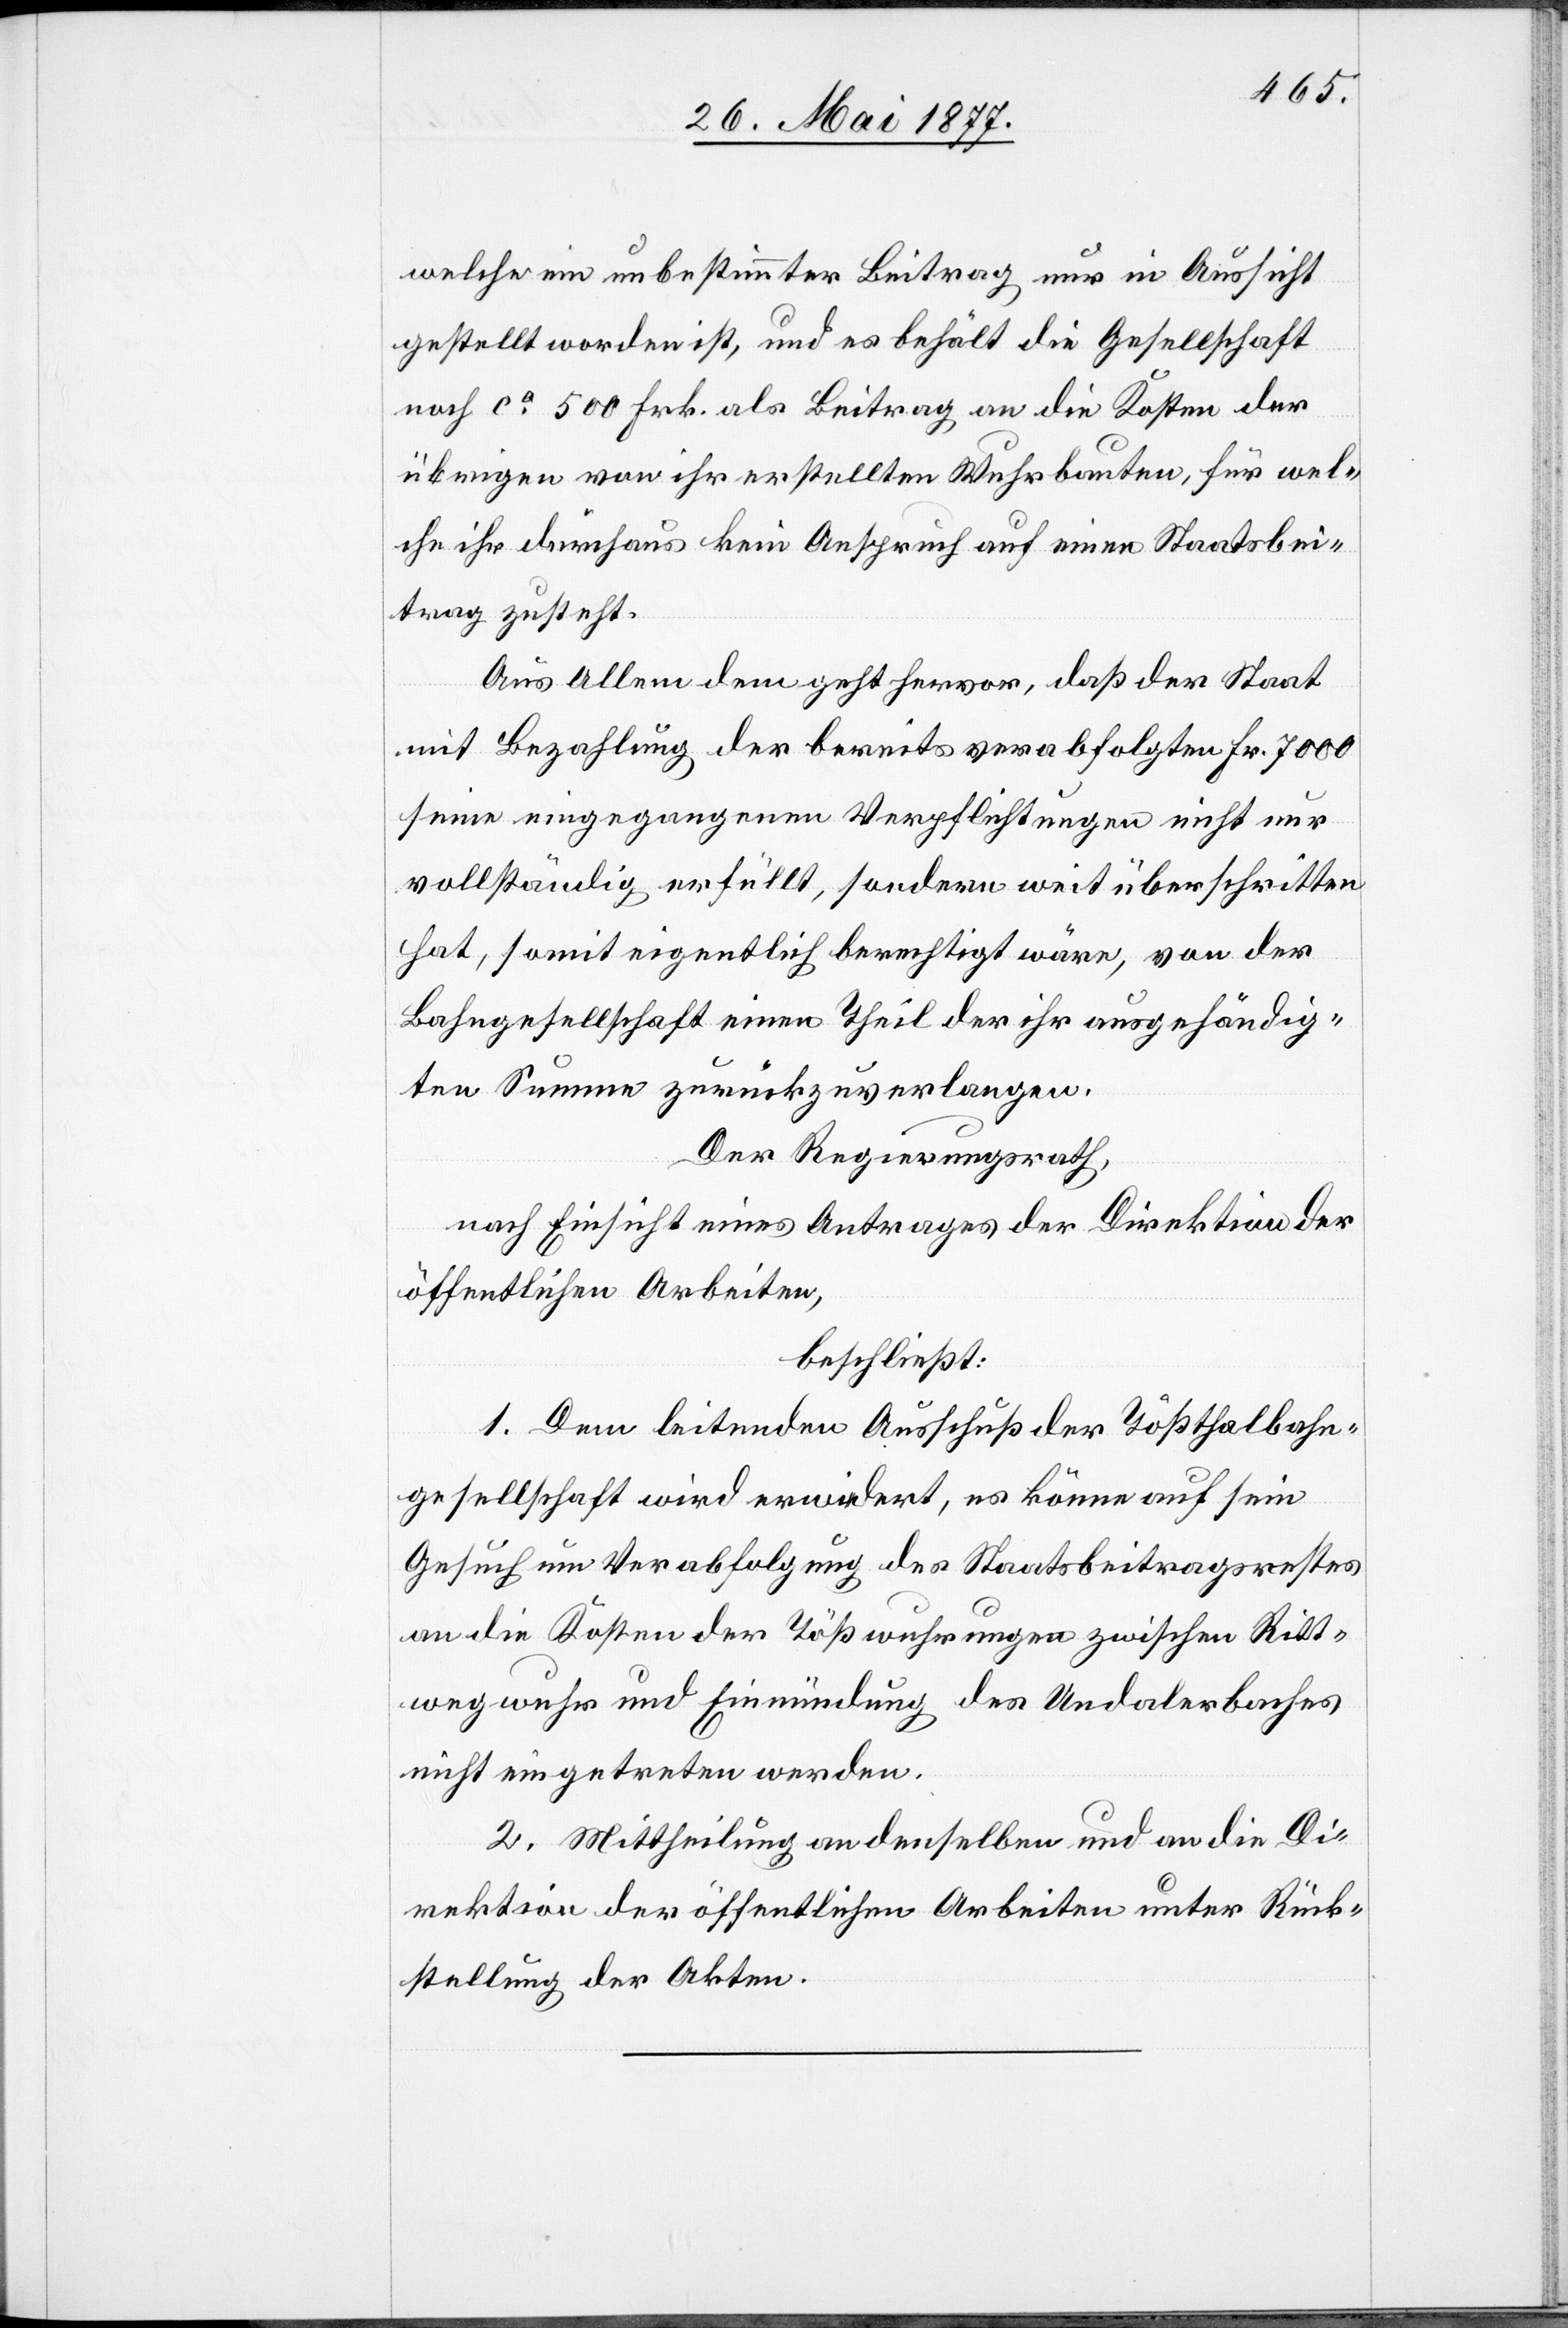
welche ein unbestimmter Beitrag nur in Aussicht
gestellt worden ist, und es behält die Gesellschaft
noch ca 500 Frk. als Beitrag an die Kosten der
übrigen von ihr erstellten Wuhrbauten, für wel¬
che ihr durchaus kein Anspruch auf einen Staatsbei¬
trag zusteht.
Aus Allem dem geht hervor, daß der Staat
mit Bezahlung der bereits verabfolgten Fr. 7000
seine eingegangenen Verpflichtungen nicht nur
vollständig erfüllt, sondern weit überschritten
hat, somit eigentlich berechtigt wäre, von der
Bahngesellschaft einen Theil der ihr ausgehändig¬
ten Summe zurückzuverlangen.
Der Regierungsrath,
nach Einsicht eines Antrages der Direktion der
öffentlichen Arbeiten,
beschließt:
1. Dem leitenden Ausschuß der Tößthalbahn¬
gesellschaft wird erwidert, es könne auf sein
Gesuch um Verabfolgung des Staatsbeitragsrestes
an die Kosten der Tößwuhrungen zwischen Ritt¬
wegwuhr und Einmündung des Undalerbaches
nicht eingetreten werden.
2. Mittheilung an denselben und an die Di¬
rektion der öffentlichen Arbeiten unter Rück¬
stellung der Akten.